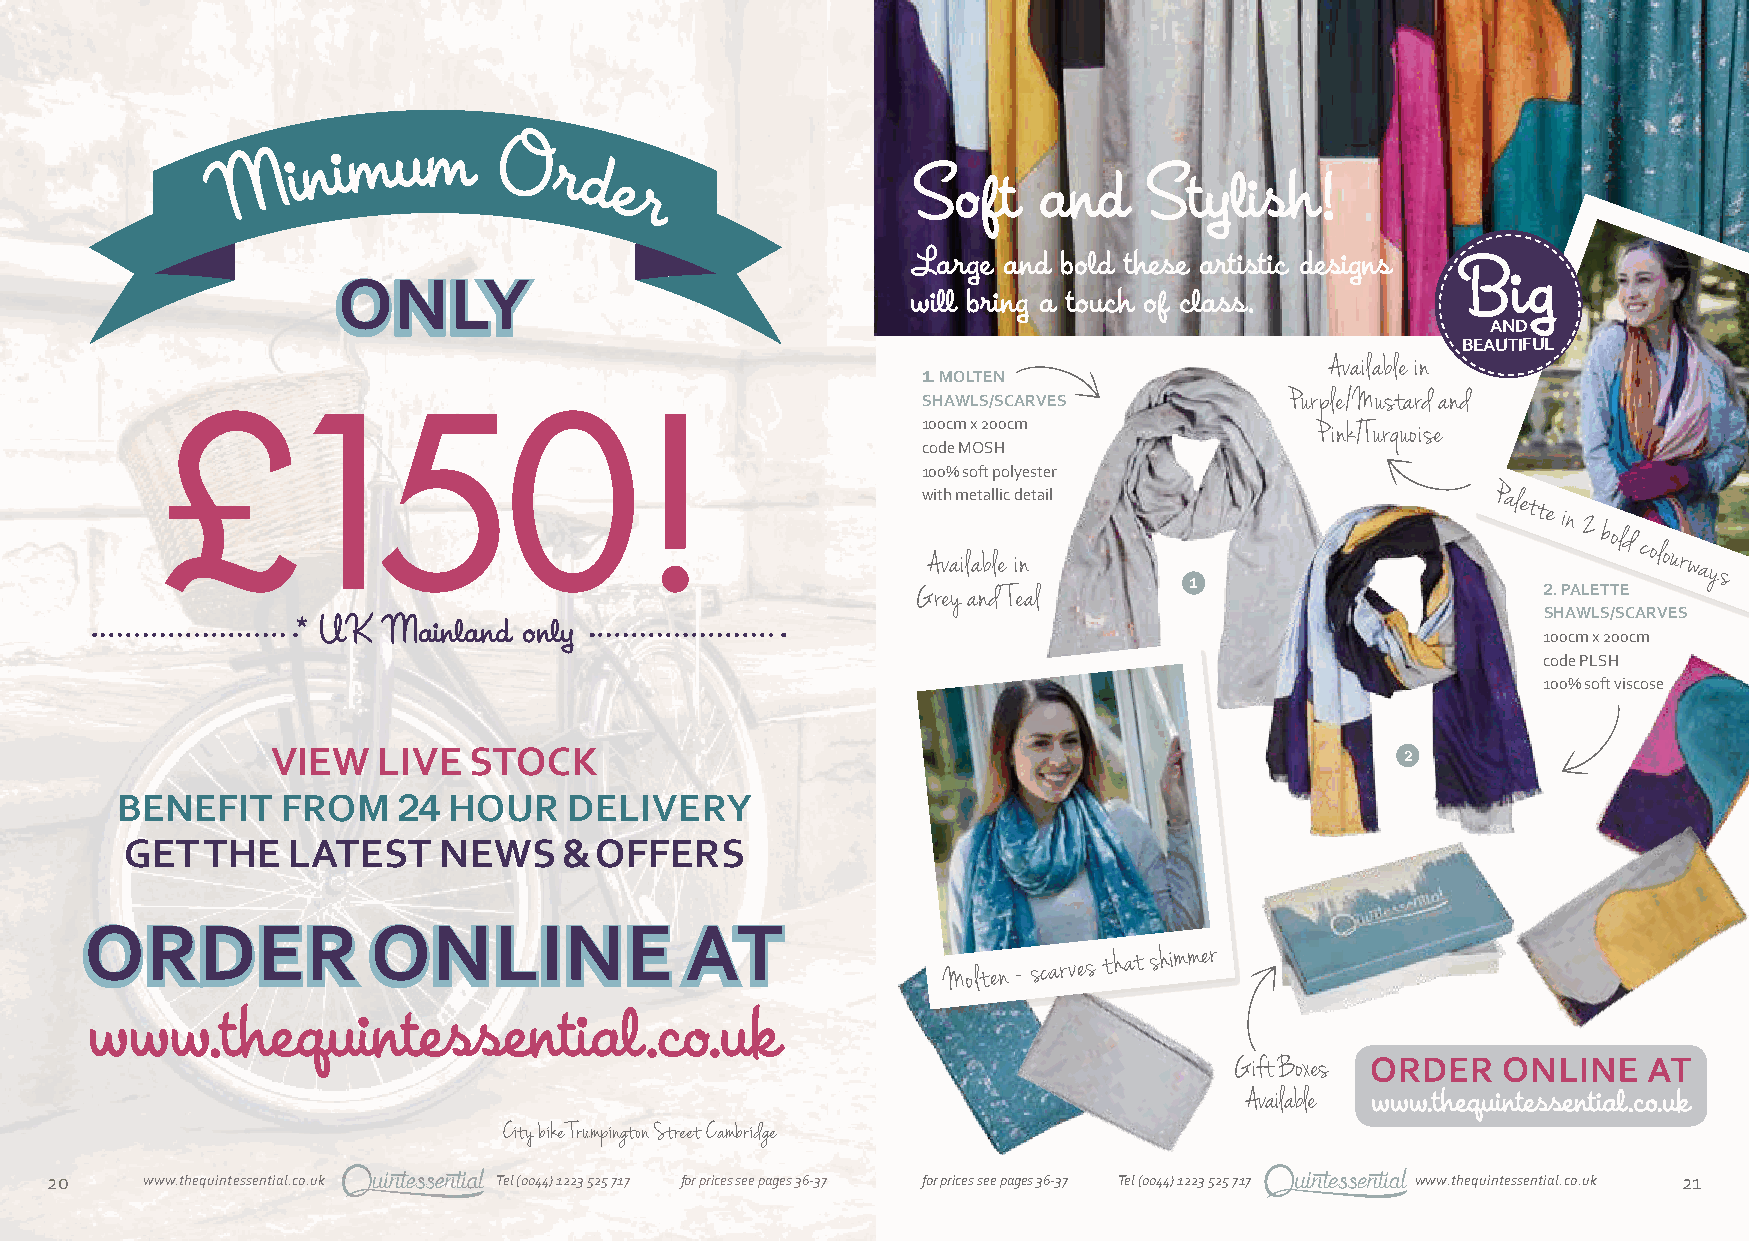
Soft     and    Stylish!
 Large and bold these artistic designs
 Big
 will bring a touch of class.
 AND
 BEAUTIFUL
 Available in
 1. MOLTEN
 SHAWLS/SCARVES          Purple/Mustard and
 £150!                                             100cm x 200cm             Pink/Turquoise
 code MOSH
 100% soft polyester
 w Ait vh
 a
 m ile at bal ll eic d ine tail     Palette
 in
 2 bold
 colourways
 Grey and Teal     1                      2. PALETTE
 SHAWLS/SCARVES
 * UK Mainland  only
 100cm x 200cm
 code PLSH
 100% soft viscose
 VIEW   LIVE  STOCK
 2
 BENEFIT    FROM   24  HOUR    DELIVERY
 GET   THE  LATEST    NEWS    & OFFERS
 Molten -
 scarves that
 shimmer
 Gift Boxes
 Available
 City bike Trumpington Street Cambridge
 20    www.thequintessential.co.uk Tel (0044) 1223 525 717 for prices see pages 36-37 for prices see pages 36-37 Tel (0044) 1223 525 717 www.thequintessential.co.uk 21